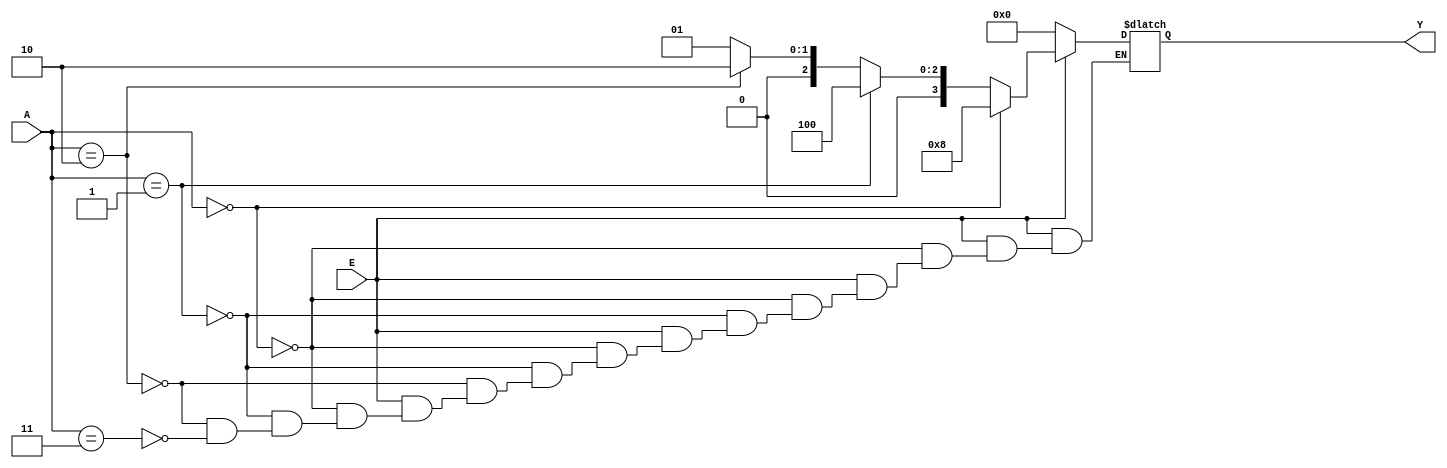
module decoder24 (E,A,Y);
input E;
input [1:0] A;
output [0:3] Y;
reg [0:3] Y;
always @(E,A)
begin 
  if(E==1'b0)
   Y=0;
 else 
    if(A==0)
        Y=8;
 else   if(A==1)
        Y=4;
 else   if(A==2)
        Y=2;
 else   if(A==3)
        Y=1;
 end
endmodule